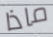
ماذا